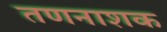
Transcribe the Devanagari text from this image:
तणनाशक